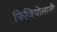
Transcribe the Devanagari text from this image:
फिजियोलाजी